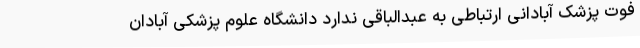
فوت پزشک آبادانی ارتباطی به عبدالباقی ندارد دانشگاه علوم پزشکی آبادان